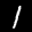
Label: 1